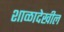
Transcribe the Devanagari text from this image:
शाळादेखील